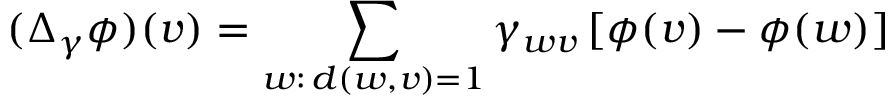
( \Delta _ { \gamma } \phi ) ( v ) = \sum _ { w : \, d ( w , v ) = 1 } \gamma _ { w v } \left[ \phi ( v ) - \phi ( w ) \right]